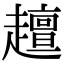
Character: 𧾍